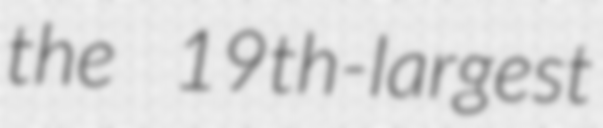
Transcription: the 19th-largest